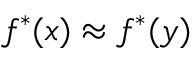
f ^ { * } ( x ) \approx f ^ { * } ( y )